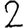
Digit: 2